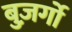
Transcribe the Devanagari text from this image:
बुज़र्गो